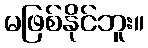
မဖြစ်နိုင်ဘူး။